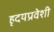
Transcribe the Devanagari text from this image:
हृदयप्रवेशी